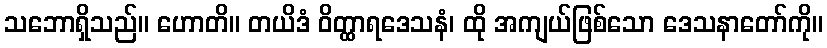
သဘောရှိသည်။ ဟောတိ။ တယိဒံ ဝိတ္ထာရဒေသနံ၊ ထို အကျယ်ဖြစ်သော ဒေသနာတော်ကို။